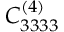
C _ { 3 3 3 3 } ^ { ( 4 ) }